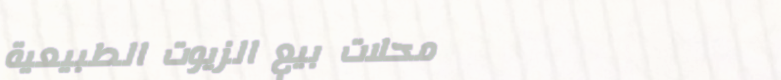
محلات بيع الزيوت الطبيعية